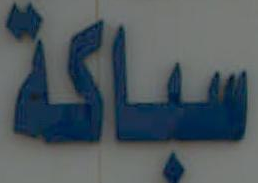
مباكة